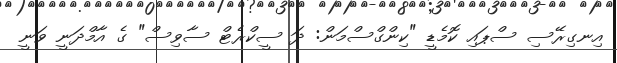
އިނގިރޭސި ސްޕައި ކޮމެޑީ "ކިންގްސްމަން: ދަ ސީކްރެޓް ސާވިސް" ގެ އާމްދަނީ ވަނީ